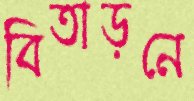
বিতাড়নে